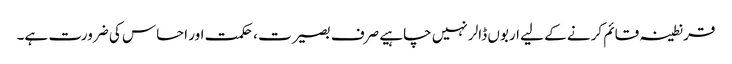
قرنطینہ قائم کرنے کے لیے اربوں ڈالر نہیں چاہیے صرف بصیرت ، حکمت اور احساس کی ضرورت ہے۔